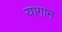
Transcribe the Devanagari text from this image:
यागान